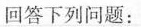
答下列问题：